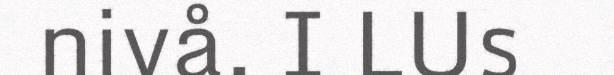
nivå. I LUs